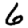
Digit: 6